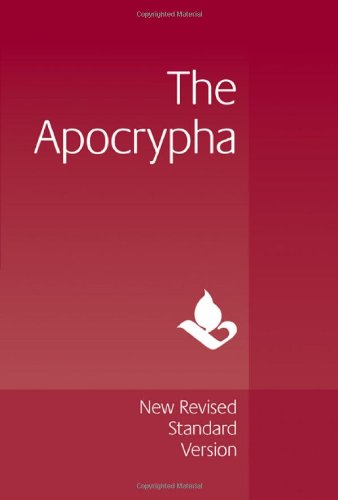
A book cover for NRSV Apocrypha Text Edition NR520:A; Christian Books & Bibles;